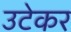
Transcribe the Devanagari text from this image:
उटेकर